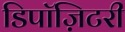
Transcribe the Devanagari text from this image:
डिपॉज़िटरी